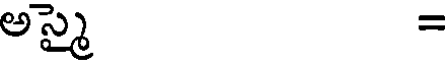
అస్మై =